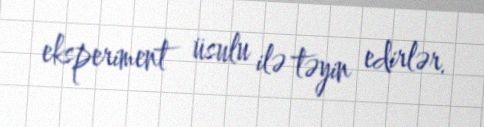
eksperiment üsulu ilə təyin edirlər.